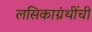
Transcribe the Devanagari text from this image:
लसिकाग्रंथींची